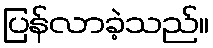
ပြန်လာခဲ့သည်။